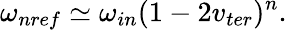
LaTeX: \omega_{nref}\simeq\omega_{in}(1-2v_{ter})^{n}.